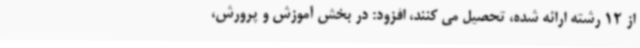
از 12 رشته ارائه شده، تحصیل می کنند، افزود: در بخش آموزش و پرورش،